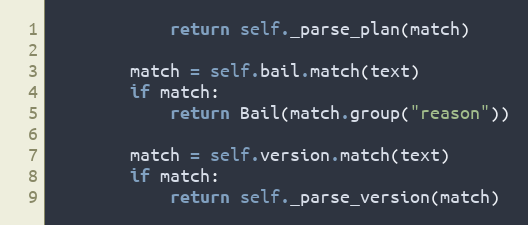
Language: Python
            return self._parse_plan(match)

        match = self.bail.match(text)
        if match:
            return Bail(match.group("reason"))

        match = self.version.match(text)
        if match:
            return self._parse_version(match)